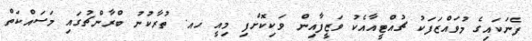
ފެނަކައިގެ މުވައްޒަފަކު ޗުއްޓީއާއެކު ވަޒީފާއިން ވަކިކޮށްފި މިއީ ހއ. ތުރާކުނު ބްރާންޗުގައި މަސައްކަތް